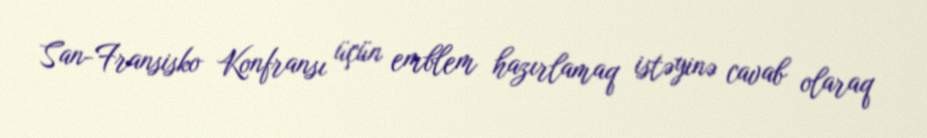
San-Fransisko Konfransı üçün emblem hazırlamaq istəyinə cavab olaraq